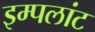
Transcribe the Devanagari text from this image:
इम्पलांट